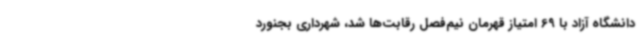
دانشگاه آزاد با 69 امتیاز قهرمان نیم‌فصل رقابت‌ها شد، شهرداری بجنورد